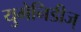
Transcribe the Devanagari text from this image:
युमेनिडीज्‌